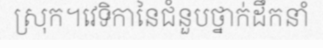
ស្រុក។វេទិកានៃជំនួបថ្នាក់ដឹកនាំ